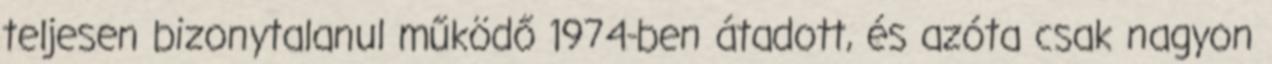
teljesen bizonytalanul működő 1974-ben átadott, és azóta csak nagyon